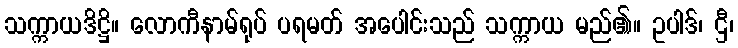
သက္ကာယဒိဋ္ဌိ။ လောကီနာမ်ရုပ် ပရမတ် အပေါင်းသည် သက္ကာယ မည်၏။ ဥပါဒ်၊ ဌီ၊